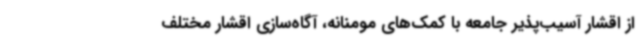
از اقشار آسیب‌پذیر جامعه با کمک‌های مومنانه، آگاه‌سازی اقشار مختلف